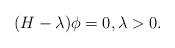
\begin{align*}(H-\lambda)\phi = 0, \lambda>0.\end{align*}